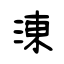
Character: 涷